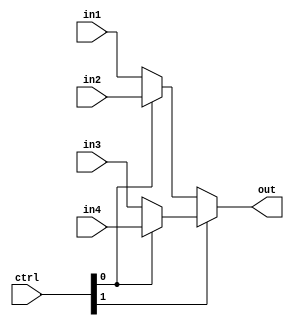
`timescale 1ns / 1ps
//////////////////////////////////////////////////////////////////////////////////
// Company: 
// Engineer: 
// 
// Design Name: 
// Module Name: mux4
// Project Name: 
// Target Devices: 
// Tool Versions: 
// Description: 
// 
// Dependencies: 
// 
// Revision:
// Revision 0.01 - File Created
// Additional Comments:
// 
//////////////////////////////////////////////////////////////////////////////////


module mux4(output [31:0] out, input [31:0] in1,in2,in3,in4, input [1:0] ctrl

    );
    
    assign out=(ctrl[1]==1'b0)?((ctrl[0]==1'b0)?in1:in2):((ctrl[0]==1'b0)?in3:in4);
endmodule